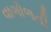
વાગોળતી